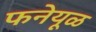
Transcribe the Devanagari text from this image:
फनेयूळ